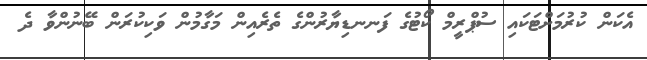
އެކަން ކުރުމަށްޓަކައި ސުޕްރީމް ކޯޓުގެ ފަނނޑިޔާރުންގެ ތެރެއިން މަގާމުން ވަކިކުރަން ބޭނުންވާ ދެ